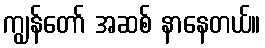
ကျွန်တော် အဆစ် နာနေတယ်။